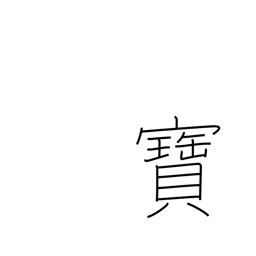
Meaning: rare